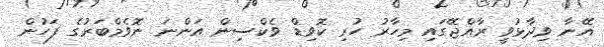
އޭނާ ވިދާޅުވީ ރާއްޖޭގައި މިހާރު ހުރި ކޮވިޑް ވެކްސިން އަންނަ ނޮވެމްބަރުގެ ފަހުން